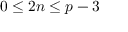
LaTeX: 0 \leq 2 n \leq p - 3